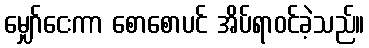
မျှော်ငေးကာ စောစောပင် အိပ်ရာဝင်ခဲ့သည်။